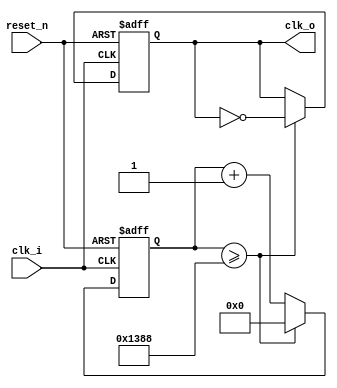
module clock_counter(
	input clk_i,		//often, "tags" are added to variables to denote what they do for the user
	input reset_n,		//here, 'i' is used for input and 'o' for the output, while 'n' specifies an active low signal ("not") 
	
	output reg clk_o
		);
		
		reg [14:0] count;								//register stores the counter value so that it can be modified on a clock edge. register size needs to store as large of a number as the counter reaches
														//for this implementation, count must reach 415999, so 2^n >= 415999, n = 19
		
		always @ (posedge clk_i, negedge reset_n)			
			begin
				count <= count + 1;						//at every positive edge, the counter is increased by 1
				if(!reset_n)
					begin
						clk_o <= 0;
						count <= 0;						//if reset (active low) is pushed, the counter is reset
					end
				else
					if(count >= 5000)	//initial 17330				//count value of greater than or equal to this value causes the output clock to be inverted. the resulting frequency will be input_frequency/(1+count_value)
						begin							//for this implementation, a frequency of 5 Hz was desired, so 2.08e6/5 - 1 = 415999
							clk_o <= ~clk_o;	
							count <= 0;					//resets the counter after the output clock has been inverted
						end
			end
		
		
endmodule